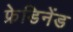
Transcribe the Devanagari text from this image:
फ्रेडिनेंड